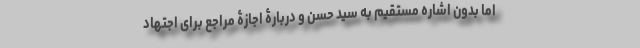
اما بدون اشاره مستقیم به سید حسن و دربارۀ اجازۀ مراجع برای اجتهاد